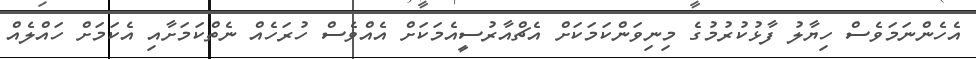
އެހެންނަމަވެސް ހިޔާލު ފާޅުކުރުމުގެ މިނިވަންކަމަކަށް އެޗްއާރުސީއެމަކަށް އެއްވެސް ހުރަހެއް ނެތްކަމަށާއި އެކަމަށް ހައްލެއް